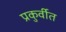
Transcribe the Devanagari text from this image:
प्रकुर्वीत